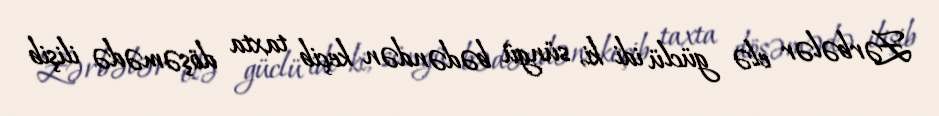
Zərbələr elə güclü idi ki, süngü bədəndən keçib taxta döşəmədə ilişib